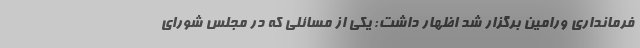
فرمانداری ورامین برگزار شد اظهار داشت: یکی از مسائلی که در مجلس شورای